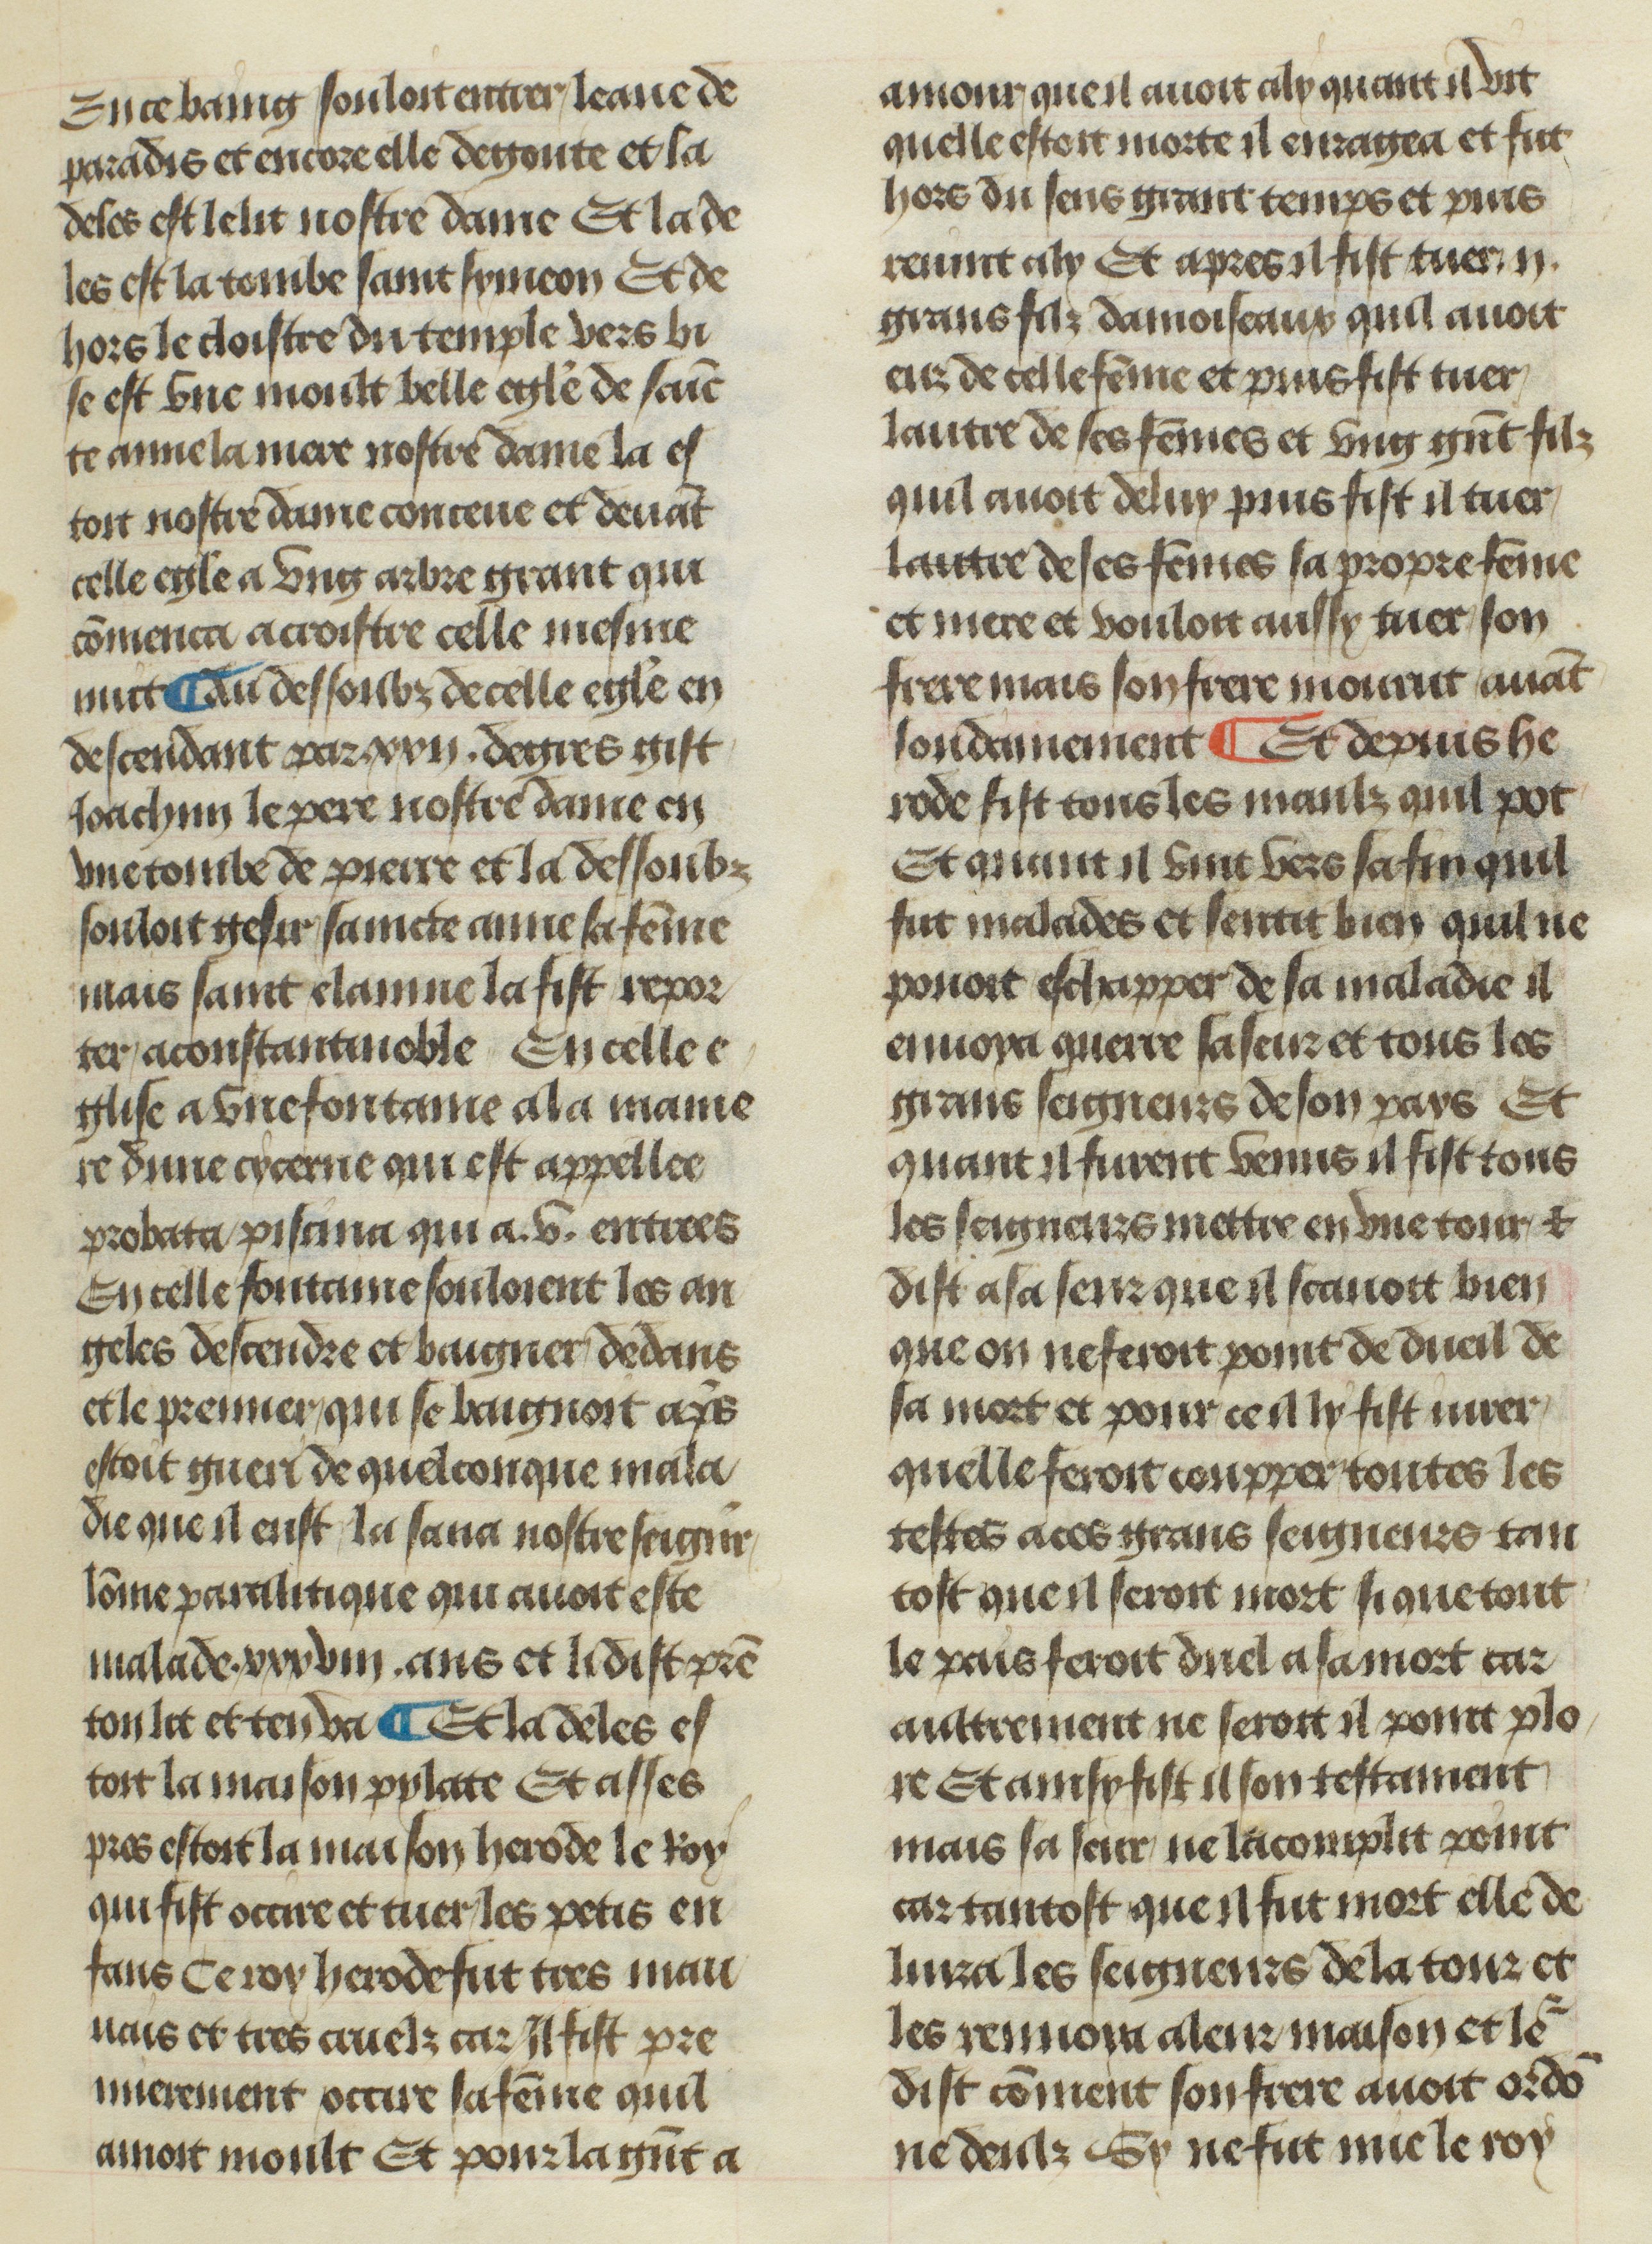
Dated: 1400–1449